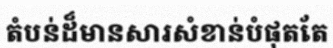
តំបន់ដ៏មានសារសំខាន់បំផុតតែ